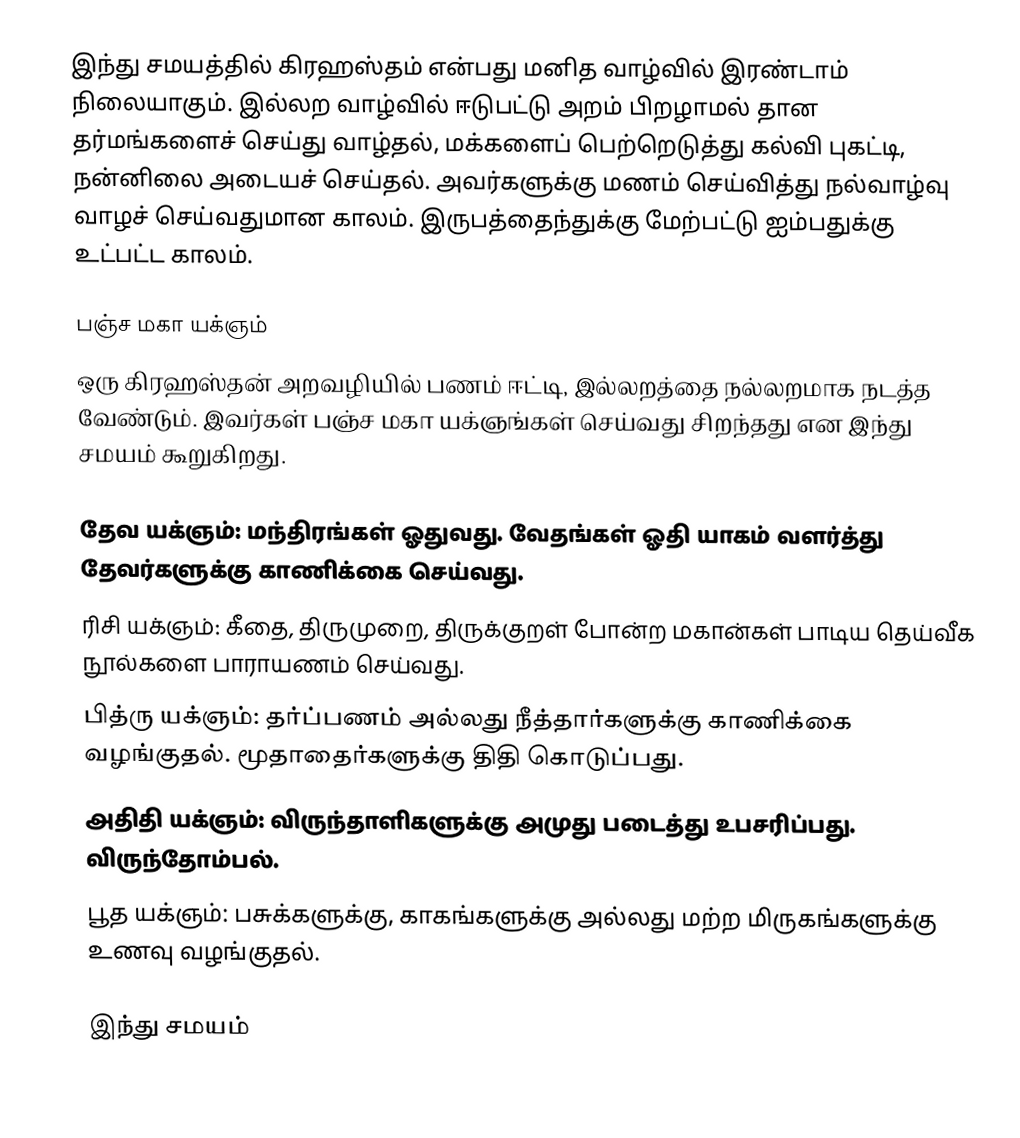
இந்து சமயத்தில் கிரஹஸ்தம் என்பது மனித வாழ்வில் இரண்டாம் நிலையாகும். இல்லற வாழ்வில் ஈடுபட்டு அறம் பிறழாமல் தான தர்மங்களைச் செய்து வாழ்தல், மக்களைப் பெற்றெடுத்து கல்வி புகட்டி, நன்னிலை அடையச் செய்தல். அவர்களுக்கு மணம் செய்வித்து நல்வாழ்வு வாழச் செய்வதுமான காலம். இருபத்தைந்துக்கு மேற்பட்டு ஐம்பதுக்கு உட்பட்ட காலம்.

பஞ்ச மகா யக்ஞம்
ஒரு கிரஹஸ்தன் அறவழியில் பணம் ஈட்டி, இல்லறத்தை நல்லறமாக நடத்த வேண்டும். இவர்கள் பஞ்ச மகா யக்ஞங்கள் செய்வது சிறந்தது என இந்து சமயம் கூறுகிறது.

 தேவ யக்ஞம்: மந்திரங்கள் ஓதுவது. வேதங்கள் ஓதி யாகம் வளர்த்து தேவர்களுக்கு காணிக்கை செய்வது.
 ரிசி யக்ஞம்: கீதை, திருமுறை, திருக்குறள் போன்ற மகான்கள் பாடிய தெய்வீக நூல்களை பாராயணம் செய்வது.
 பித்ரு யக்ஞம்: தர்ப்பணம் அல்லது நீத்தார்களுக்கு காணிக்கை வழங்குதல். மூதாதைர்களுக்கு திதி கொடுப்பது.
 அதிதி யக்ஞம்: விருந்தாளிகளுக்கு அமுது படைத்து உபசரிப்பது. விருந்தோம்பல்.
 பூத யக்ஞம்: பசுக்களுக்கு, காகங்களுக்கு அல்லது மற்ற மிருகங்களுக்கு உணவு வழங்குதல்.

இந்து சமயம்